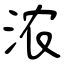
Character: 浓